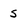
Character: 5